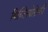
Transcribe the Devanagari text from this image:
बिब्लियोग्रेफी